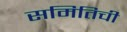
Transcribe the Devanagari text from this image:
समितिची